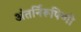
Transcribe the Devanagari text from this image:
अंतर्निरूपिणी